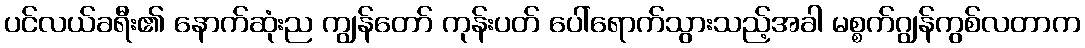
ပင်လယ်ခရီး၏ နောက်ဆုံးည ကျွန်တော် ကုန်းပတ် ပေါ်ရောက်သွားသည့်အခါ မစ္စက်ဂျွန်ကွစ်လတာက